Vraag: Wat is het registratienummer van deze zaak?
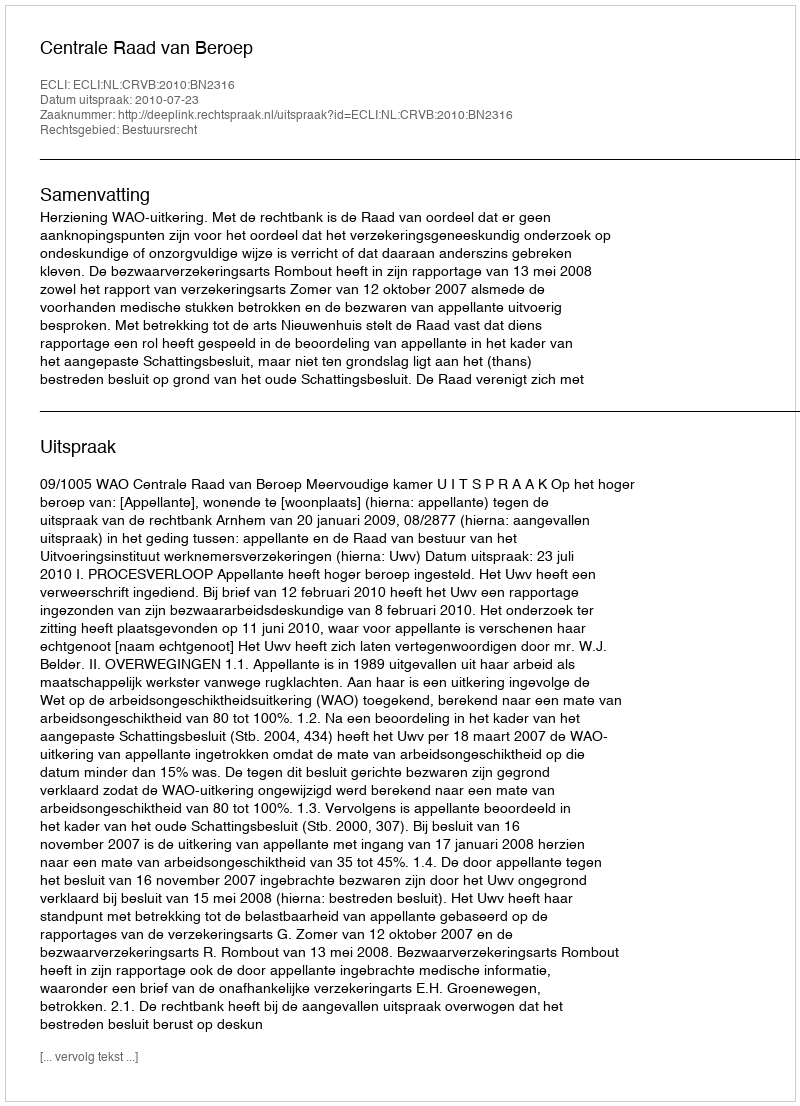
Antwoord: http://deeplink.rechtspraak.nl/uitspraak?id=ECLI:NL:CRVB:2010:BN2316